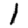
Digit: 1